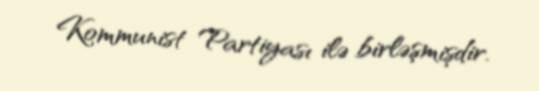
Kommunist Partiyası ilə birləşmişdir.